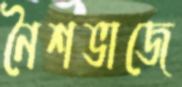
নৈশভাজে